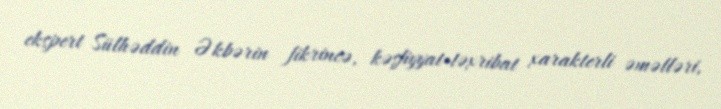
ekspert Sülhəddin Əkbərin fikrincə, kəşfiyyat-təxribat xarakterli əməlləri,